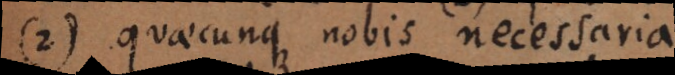
2) quaecunque nobis necessaria.